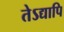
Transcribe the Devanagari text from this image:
तेऽद्यापि